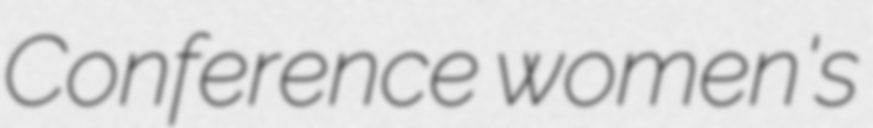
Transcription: Conference women's